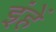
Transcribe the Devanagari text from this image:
इंहें